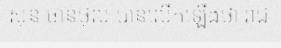
ស៊ុន ចាន់ថុល បានលើកឡើងថា រាជ